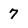
Character: 7